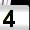
Digit: 4